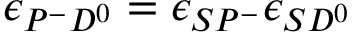
\epsilon _ { P ^ { - } D ^ { 0 } } = \epsilon _ { S P ^ { - } } \epsilon _ { S D ^ { 0 } }